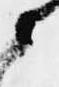
候